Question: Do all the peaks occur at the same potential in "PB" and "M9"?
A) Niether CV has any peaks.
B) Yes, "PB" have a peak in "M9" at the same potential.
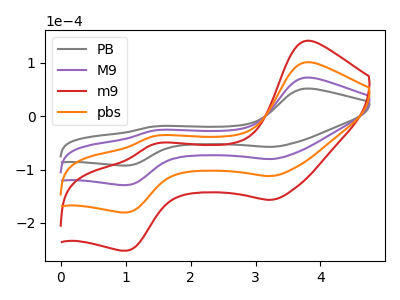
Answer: <think>The gray curve "PB" has anodic peaks at (3.80V, 51.80uA) (1.45V, -19.05uA) and cathodic peaks at (3.25V, -57.40uA) (1.05V, -92.35uA). The purple curve "M9" has anodic peaks at (3.80V, 72.35uA) (1.45V, -26.60uA) and cathodic peaks at (3.25V, -80.20uA) (1.05V, -129.00uA). The red curve "m9" has anodic peaks at (3.80V, 217.10uA) (1.45V, -79.85uA) and cathodic peaks at (3.25V, -240.60uA) (1.05V, -387.00uA). The orange curve "pbs" has anodic peaks at (3.80V, 144.75uA) (1.45V, -53.20uA) and cathodic peaks at (3.25V, -160.40uA) (1.05V, -258.00uA).</think>
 <answer>B) Yes, "PB" have a peak in "M9" at the same potential.</answer>
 <eval>B</eval>